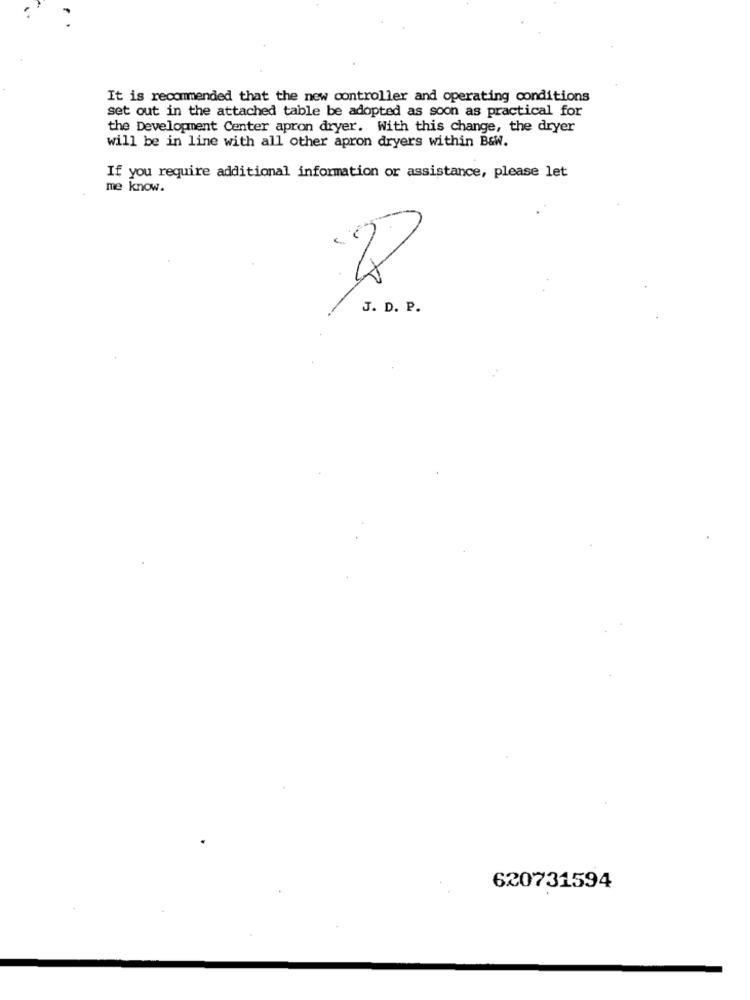
It is recommended that the new controller and operating conditions
set out in the attached table be adopted as soon as practical for
the Development Center apron dryer. With this change, the dryer
will be in line with all other apron dryers within B&w.
If you require additional information or assistance, please let
me know.
J. D. P.
620731594